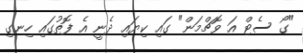
"ގޯ ސެޓް އަ ވޮޗްމަން" ގައި ކިޔައި ދެނީ އެ ފޮތުގައި ހިނގި